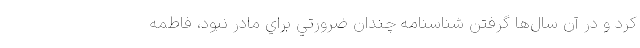
كرد و در آن سال‌ها گرفتن شناسنامه چندان ضرورتي براي مادر نبود، فاطمه